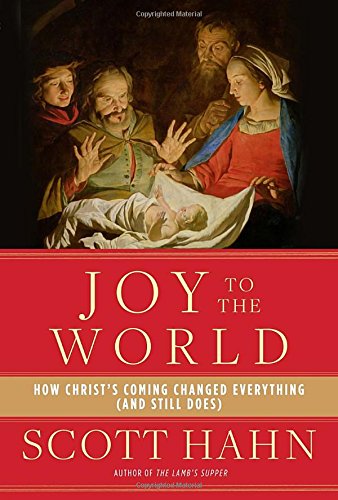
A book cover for Joy to the World: How Christ's Coming Changed Everything (and Still Does); Scott Hahn; Christian Books & Bibles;